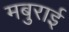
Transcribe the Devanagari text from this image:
मबुराई